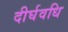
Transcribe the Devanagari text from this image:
दीर्घवधि